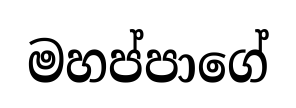
මහප්පාගේ